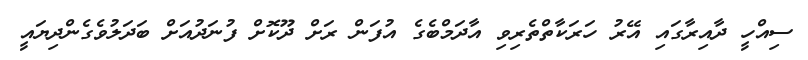
ސިއްހީ ދާއިރާގައި އޭރު ހަރަކާތްތެރިވި އާދަމްބެގެ އުފަން ރަށް ދޫކޮށް ފުނަދުއަށް ބަދަލުވެގެންދިޔައީ